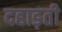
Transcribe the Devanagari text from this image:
दहाड़ती